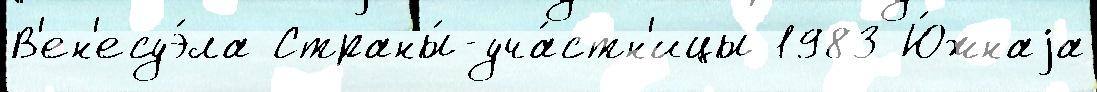
В'ен'есуэ́ла Страны́-уча́стн'ицы 1983 Ю́жнаjа